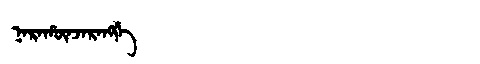
Manchu: ᠨᠠᡵᠠᡥᡡᠨᠵᠠᡵᠠᠩᡤᡝ
Romanization: NARAHŪNJARANGGE